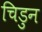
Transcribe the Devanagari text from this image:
चिडुन